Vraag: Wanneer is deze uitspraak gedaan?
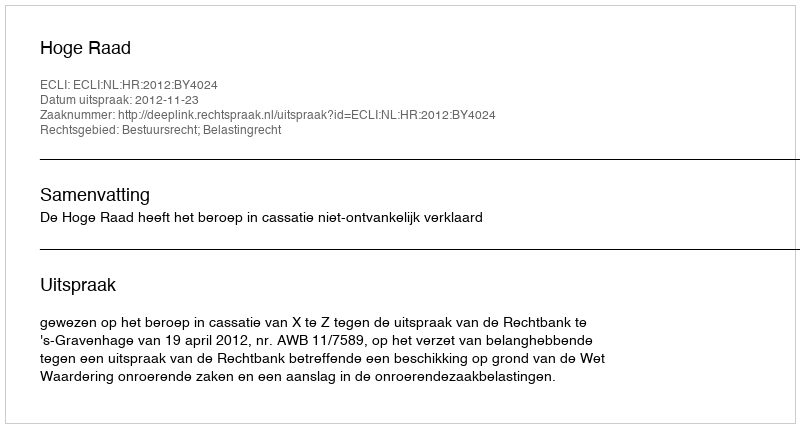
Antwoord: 2012-11-23